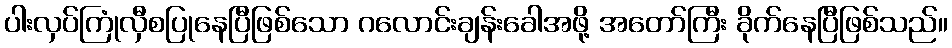
ပါးလှပ်ကြုံလှီစပြုနေပြီဖြစ်သော ဂလောင်းချန်းခေါအဖို့ အတော်ကြီး ခိုက်နေပြီဖြစ်သည်။